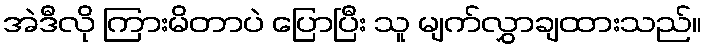
အဲဒီလို ကြားမိတာပဲ ပြောပြီး သူ မျက်လွှာချထားသည်။